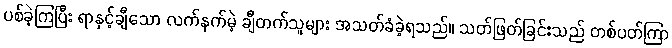
ပစ်ခဲ့ကြပြီး ရာနှင့်ချီသော လက်နက်မဲ့ ချီတက်သူများ အသတ်ခံခဲ့ရသည်။ သတ်ဖြတ်ခြင်းသည် တစ်ပတ်ကြာ